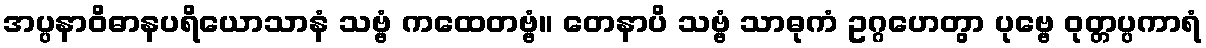
အပ္ပနာဝိဓာနပရိယောသာနံ သဗ္ဗံ ကထေတဗ္ဗံ။ တေနာပိ သဗ္ဗံ သာဓုကံ ဥဂ္ဂဟေတွာ ပုဗ္ဗေ ဝုတ္တပ္ပကာရံ